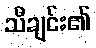
သီချင်း၏